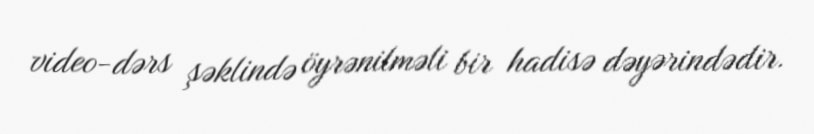
video-dərs şəklində öyrənilməli bir hadisə dəyərindədir.